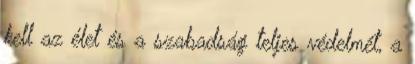
kell az élet és a szabadság teljes védelmét, a